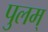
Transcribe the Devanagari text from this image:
पुलम्